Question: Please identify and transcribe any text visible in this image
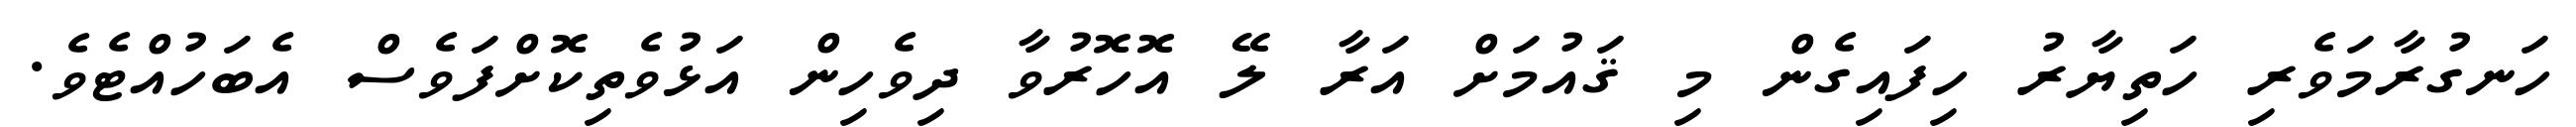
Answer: ހަނގުރާމަވެރި ހަތިޔާރު ހިފައިގެން މި ޤައުމަށް އަރާ ލޭ އޮހޮރުވާ ދިވެހިން އަޅުވެތިކޮށްފަވެސް އެބަހުއްޓެވެ.